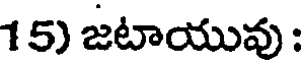
15) జటాయువు :